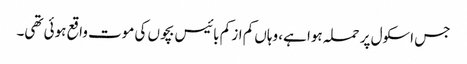
جس اسکول پر حملہ ہوا ہے، وہاں کم از کم بائیس بچوں کی موت واقع ہوئی تھی۔